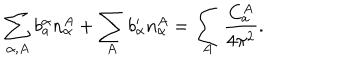
\sum _ { \alpha , A } b _ { a } ^ { \alpha } n _ { \alpha } ^ { A } + \sum _ { A } b _ { \alpha } ^ { \prime } n _ { \alpha } ^ { A } = \sum _ { A } { \frac { C _ { a } ^ { A } } { 4 \pi ^ { 2 } } } .